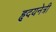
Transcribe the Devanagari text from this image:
हृदयनेत्री